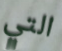
التي